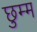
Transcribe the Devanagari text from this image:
छुम्म